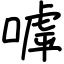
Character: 嘑